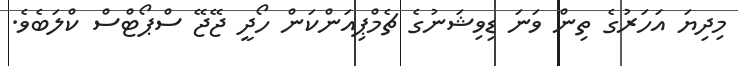
މިދިޔަ އަހަރުގެ ތިން ވަނަ ޑިވިޝަނުގެ ޗެމްޕިއަންކަން ހޯދީ ޖޭޖޭ ސްޕޯޓްސް ކްލަބެވެ.